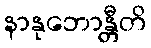
နာနုဘောန္တီတိ